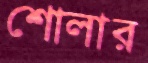
শোলার